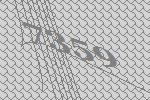
7359